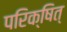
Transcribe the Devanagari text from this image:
परिक्षित्